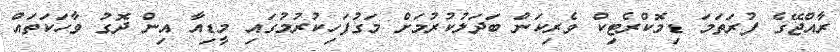
ރާއްޖޭގެ ފުރަތަމަ ޑިމޮކްރެޓިކް ވެރިކަން ބަދަލުކުރުމަށް މަގުފަހިކުރުމުގައި މީޑިއާ އިން ދޮގު ވާހަކަތައް